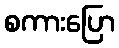
စကားပြော